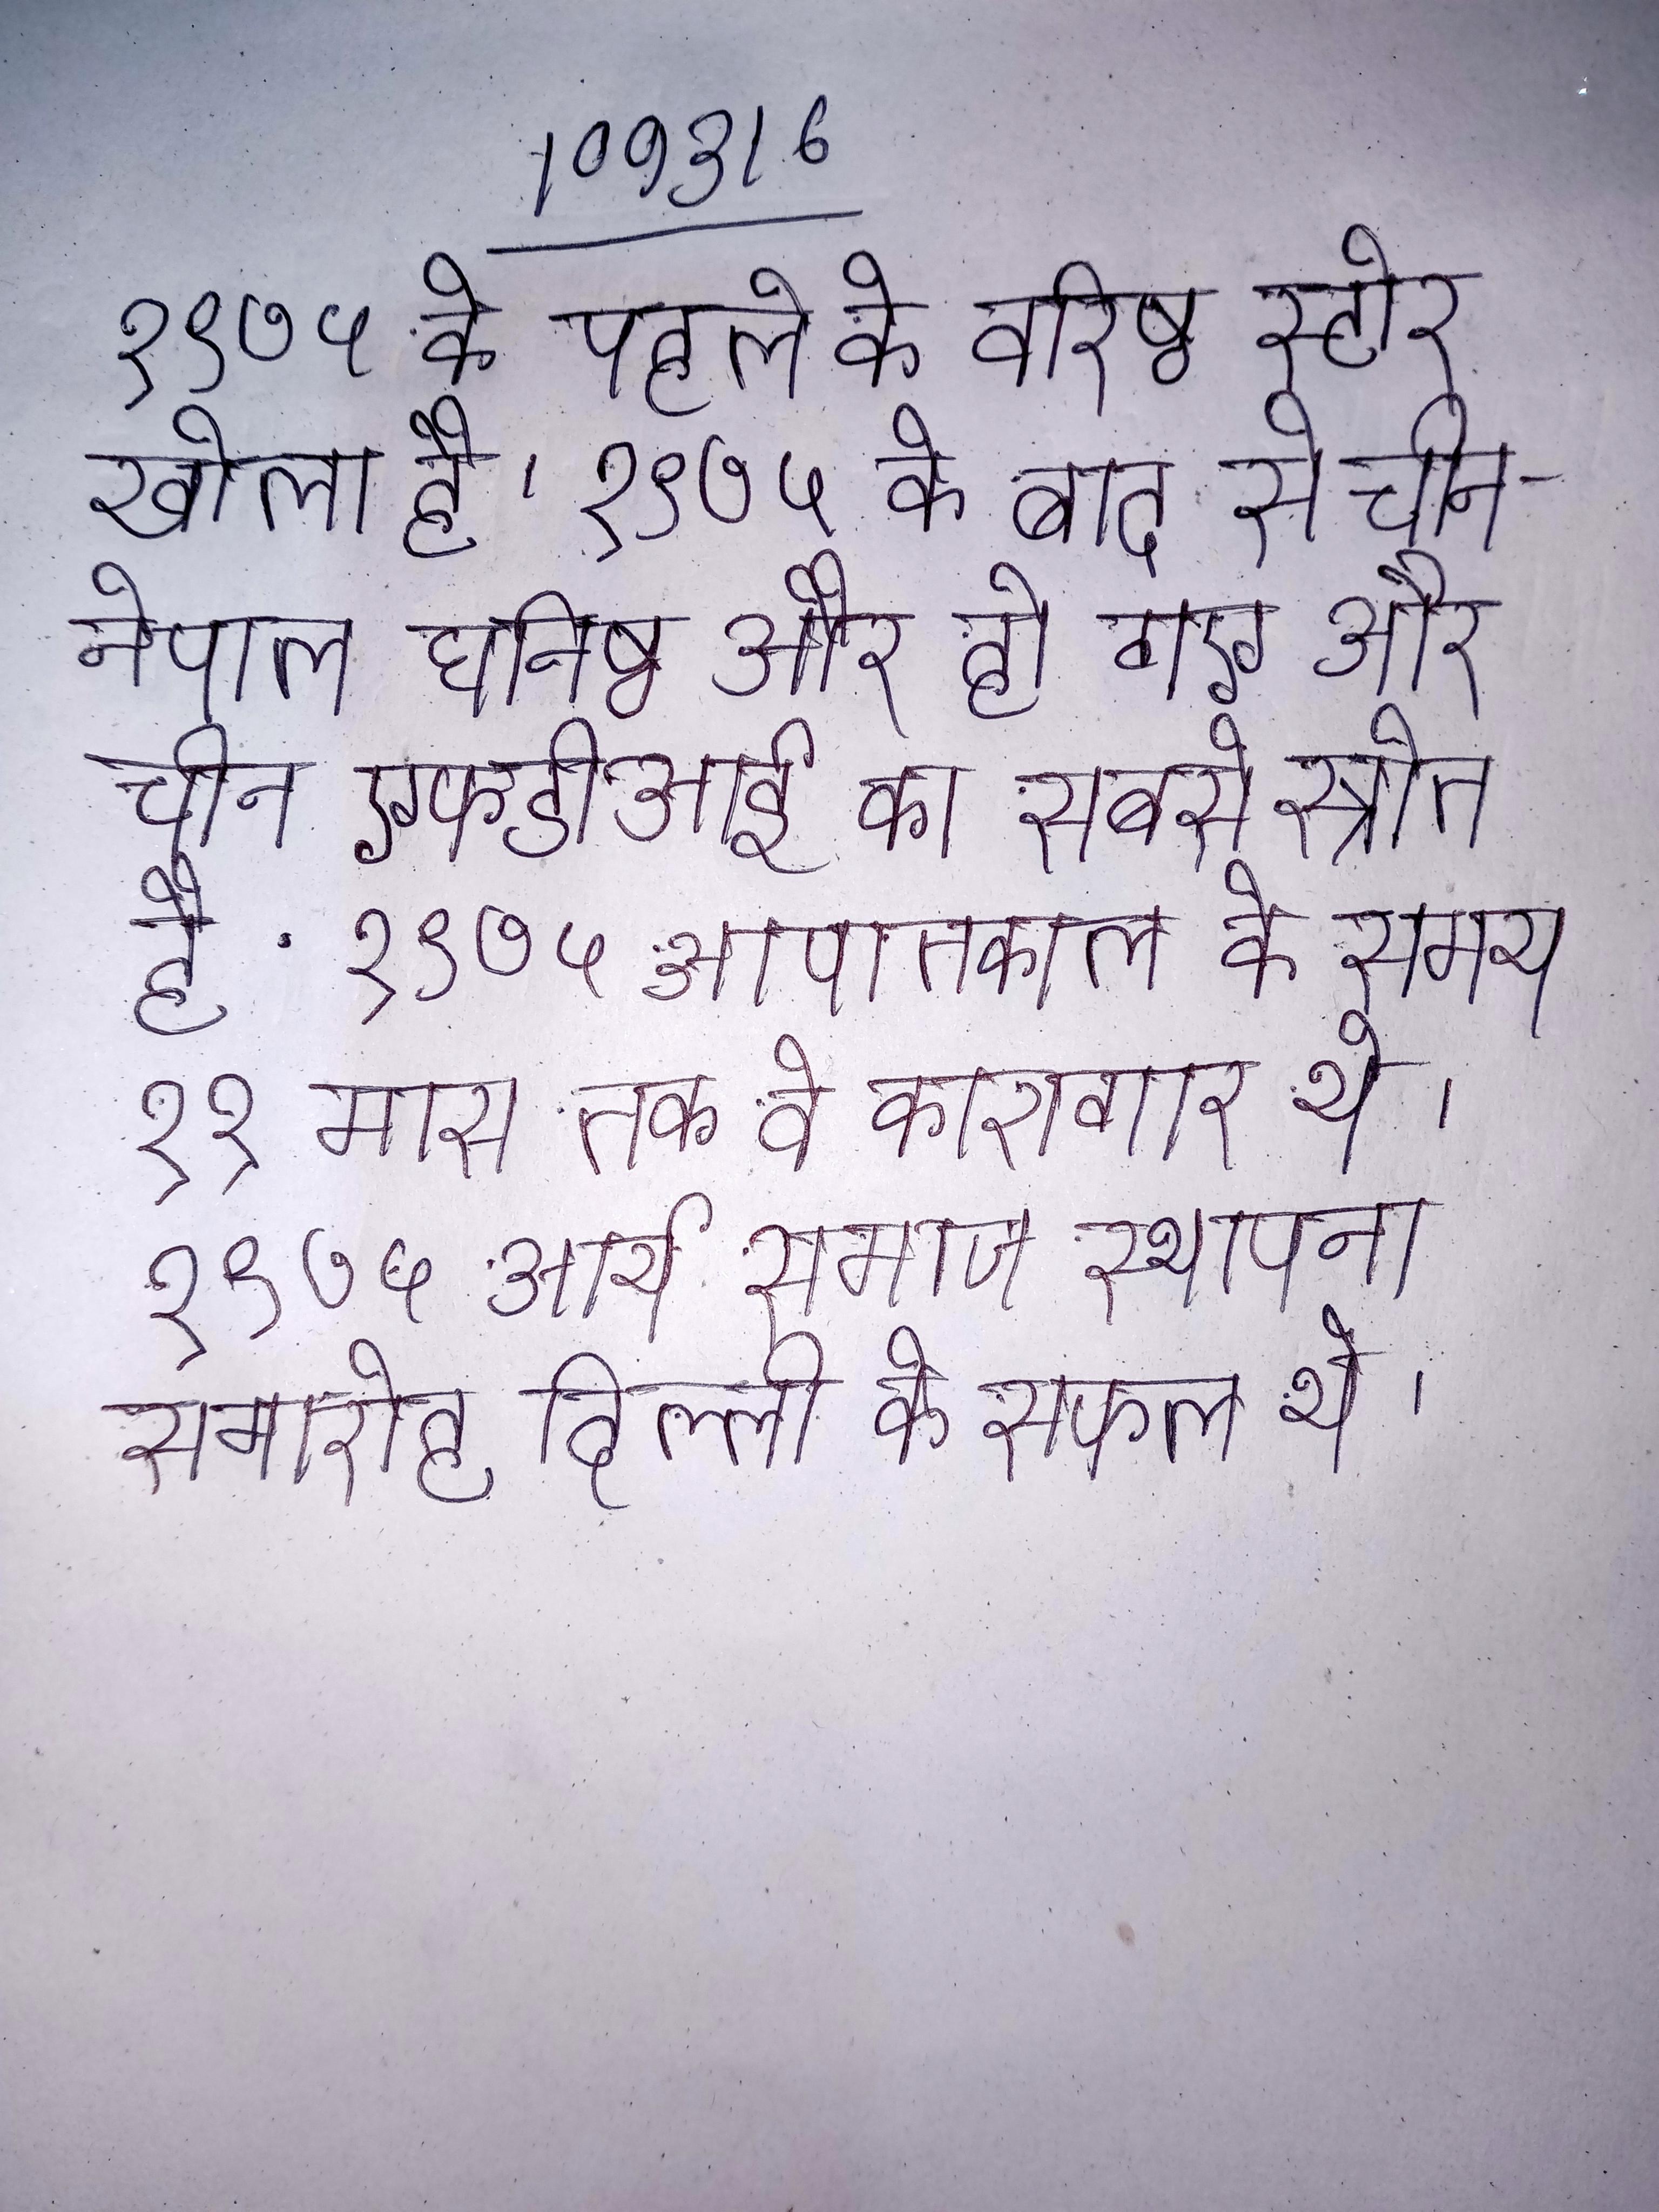
१९७५ के पहले के वरिष्ठ स्टोर खोला है । १९७५ के बाद से चीन-नेपाल घनिष्ठ और हो गए और चीन एफडीआई का सबसे स्रोत है . १९७५ आपातकाल के समय ११ मास तक वे कारागार थे । १९७५ आर्य समाज स्थापना समारोह दिल्ली के सफल थे ।